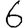
Digit: 6